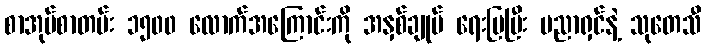
စာအုပ်စာတမ်း ၁၅၀၀ လောက်အကြောင်းကို အနှစ်ချုပ် ရေးပြပြီး ပညာရှင်နဲ့ သုတေသီ